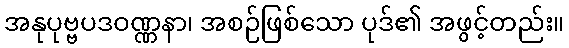
အနုပုဗ္ဗပဒဝဏ္ဏနာ၊ အစဉ်ဖြစ်သော ပုဒ်၏ အဖွင့်တည်း။